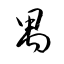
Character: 禺